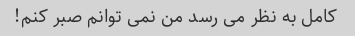
کامل به نظر می رسد من نمی توانم صبر کنم!